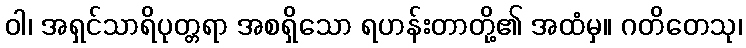
ဝါ၊ အရှင်သာရိပုတ္တရာ အစရှိသော ရဟန်းတာတို့၏ အထံမှ။ ဂတိတေသု၊